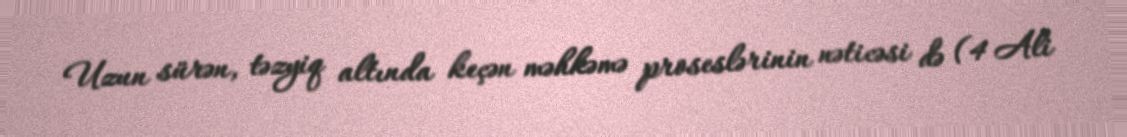
Uzun sürən, təzyiq altında keçən məhkəmə proseslərinin nəticəsi də (4 Ali